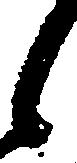
々